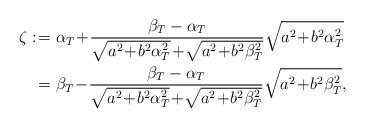
LaTeX: \begin{align*} \zeta :\!&= \alpha_T \!+\! \frac{\beta_T-\alpha_T}{\sqrt{a^2\!+\!b^2\alpha_T^2}\!+\!\sqrt{a^2\!+\!b^2\beta_T^2}} \sqrt{a^2\!+\!b^2\alpha_T^2} \\ &= \beta_T \!-\! \frac{\beta_T-\alpha_T}{\sqrt{a^2\!+\!b^2\alpha_T^2}\!+\!\sqrt{a^2\!+\!b^2\beta_T^2}} \sqrt{a^2\!+\!b^2\beta_T^2},\end{align*}